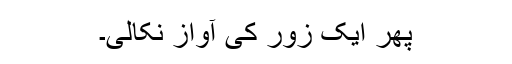
پھر ایک زور کی آواز نکالی۔